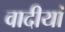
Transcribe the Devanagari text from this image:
वादीयां